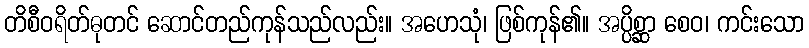
တိစီဝရိတ်ဓုတင် ဆောင်တည်ကုန်သည်လည်း။ အဟေသုံ၊ ဖြစ်ကုန်၏။ အပ္ပိစ္ဆာ စေဝ၊ ကင်းသော